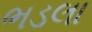
ભડલા